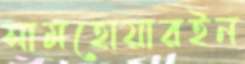
সামহোয়ারইন